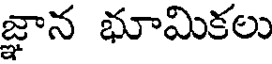
జ్ఞాన భూమికలు